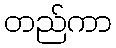
တည်ကာ